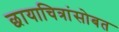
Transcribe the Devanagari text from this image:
छायाचित्रांसोबत